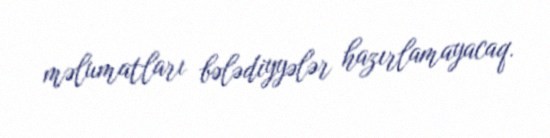
məlumatları bələdiyyələr hazırlamayacaq.